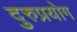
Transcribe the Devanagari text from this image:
दुरुप्रयोग